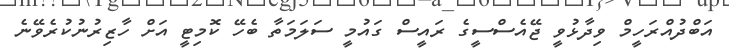
އަބްދުއްރަހީމް ވިދާޅުވީ ޖޭއެސްސީގެ ރައީސް ގައުމީ ސަލަމަތާ ބެހޭ ކޮމިޓީ އަށް ހާޒިރުނުކުރެވޭނެ